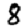
Digit: 8